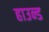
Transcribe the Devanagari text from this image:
हाउन्ड